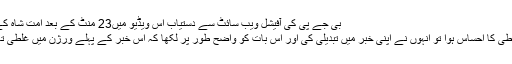
بی جے پی کی آفیشل ویب سائٹ سے دستیاب اس ویڈیو میں23 منٹ کے بعد امت شاہ کے اس بیان کو سنا جا سکتا ہے:
انڈین ایکسپریس کو جب اپنی غلطی کا احساس ہوا تو انہوں نے اپنی خبر میں تبدیلی کی اور اس بات کو واضح طور پر لکھا کہ اس خبر کے پہلے ورژن میں غلطی تھی جس کو دور کر دیا گیا ہے۔